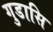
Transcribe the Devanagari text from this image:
गुडासि